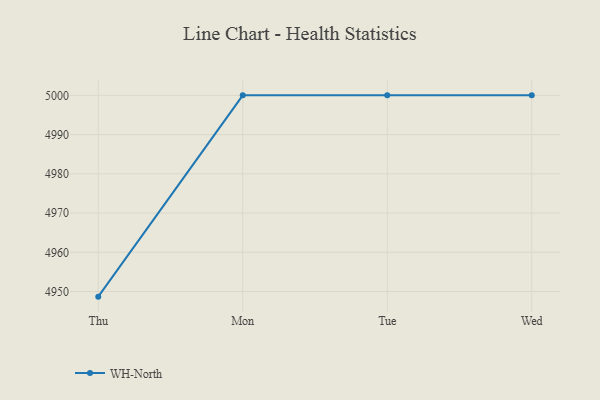
{"axis": {"x": "Day", "y": "Website Visitors"}, "legend": ["WH-North"], "data": [{"x": "Thu", "y": 4948.7, "type": "WH-North"}, {"x": "Mon", "y": 5000, "type": "WH-North"}, {"x": "Tue", "y": 5000, "type": "WH-North"}, {"x": "Wed", "y": 5000, "type": "WH-North"}]}